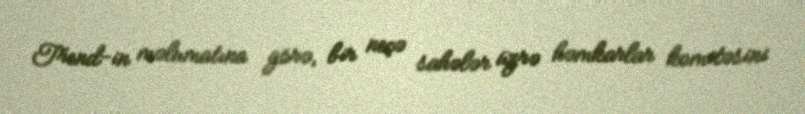
Trend-in məlumatına görə, bir neçə sahələr üzrə həmkarlar komitəsini